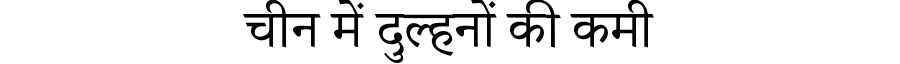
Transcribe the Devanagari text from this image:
चीन में दुल्हनों की कमी